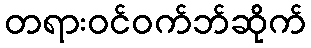
တရားဝင်ဝက်ဘ်ဆိုက်